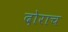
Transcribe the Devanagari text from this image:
दोराच